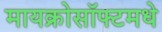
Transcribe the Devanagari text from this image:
मायक्रोसॉफ्टमधे